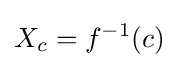
X_{c}=f^{-1}(c)